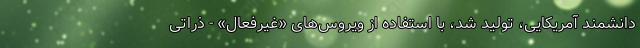
دانشمندِ آمریکایی، تولید شد، با استفاده از ویروس‌های «غیرفعال» - ذراتی